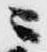
ニ